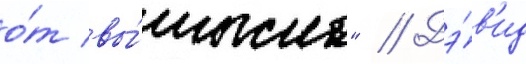
о́т вы́мысла" // Дэ́в'ид